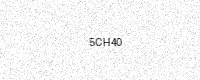
Text: 5CH40